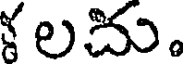
ళలచు.